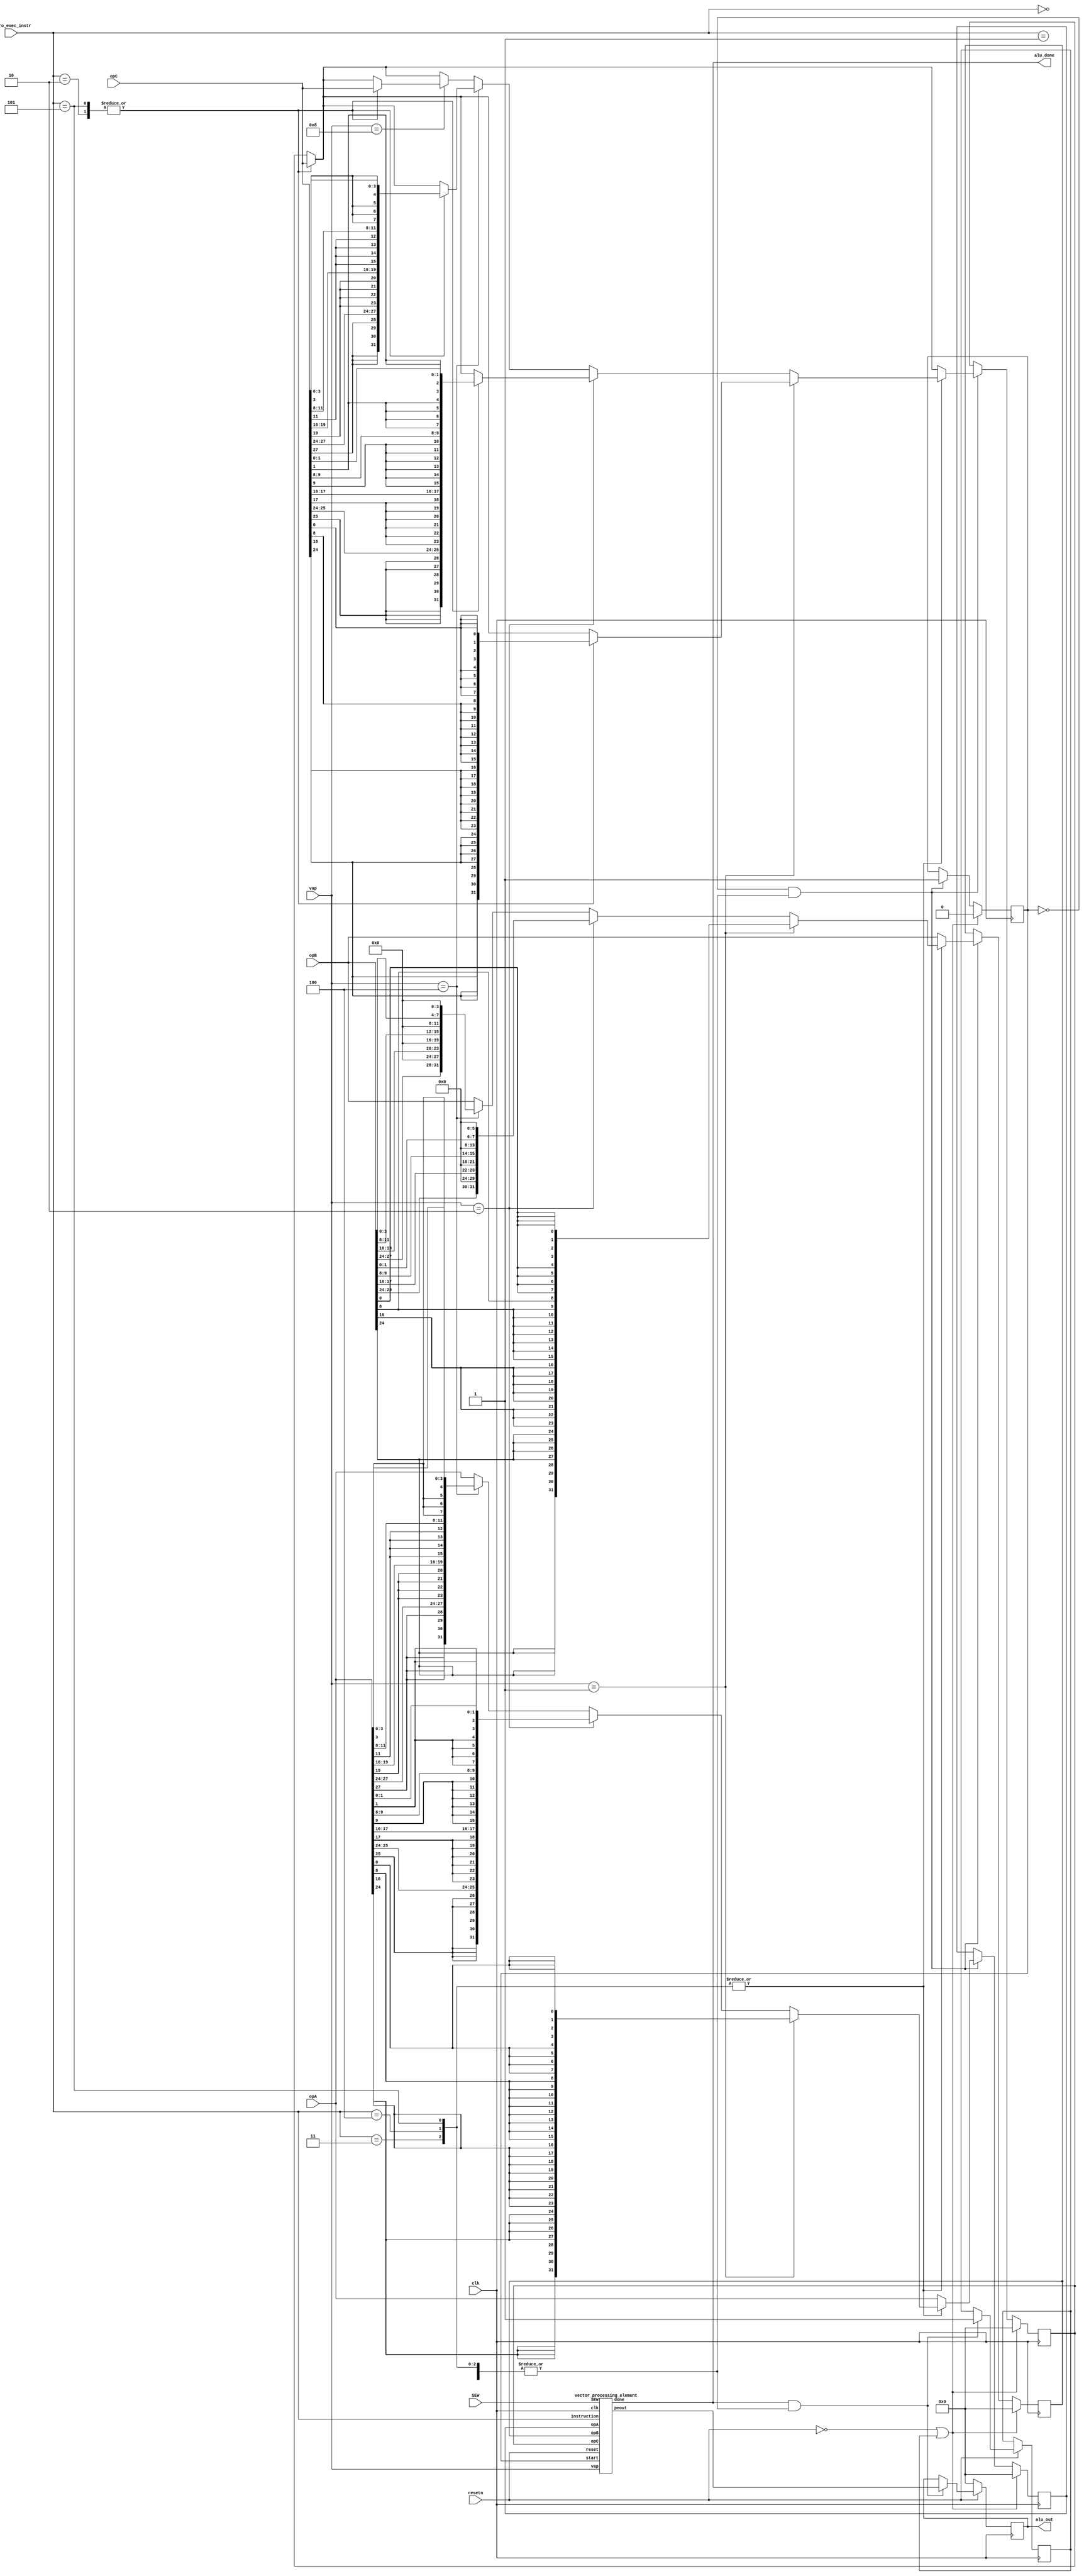
// //Used for vector arithmetic instructions
// 	localparam p_instr_vadd__vv = 8'h00 ;
// 	localparam p_instr_vmul__vv = 8'h01 ;
// 	localparam p_instr_vdot__vv = 8'h02 ;
// 	localparam p_instr_vaddvarp = 8'h03 ;
// 	localparam p_instr_vmulvarp = 8'h04 ;
// 	localparam p_instr_vdotvarp = 8'h05 ;

module alu_block(
    input clk,
    input resetn, //low level triggered (i.e if resetn is 0 is reset)
    input [7:0] micro_exec_instr,
    input [9:0] SEW,
    input [3:0] vap,
    input [31:0] opA,
    input [31:0] opB,
    input [31:0] opC,
    output reg [31:0] alu_out,
    output alu_done
);

localparam instr_vadd = 8'h00 ;
localparam instr_vmul = 8'h01 ;
localparam instr_vdot = 8'h02 ;
localparam instr_vaddvarp = 8'h03 ;
localparam instr_vmulvarp = 8'h04 ;
localparam instr_vdotvarp = 8'h05 ;

reg [31:0] new_opA, new_opB, new_opC;
wire [31:0] pe_out;
reg alu_enb, temp_reg=0;
wire is_vec_instr, is_vap_instr, is_port3_instr;
assign is_vec_instr = |{(micro_exec_instr == instr_vdot), (micro_exec_instr == instr_vadd), (micro_exec_instr == instr_vmul),
                        (micro_exec_instr == instr_vaddvarp), (micro_exec_instr == instr_vmulvarp), (micro_exec_instr == instr_vdotvarp)};
assign is_vap_instr = |{(micro_exec_instr == instr_vaddvarp), (micro_exec_instr == instr_vmulvarp), (micro_exec_instr == instr_vdotvarp)}; //To heck whether the instruction is variable bit one
assign is_port3_instr = |{(micro_exec_instr == instr_vdot), (micro_exec_instr == instr_vdotvarp)};
wire done1; 
assign alu_done = &{done1};


    always @(posedge clk) begin
        if(!resetn || temp_reg) begin
            // $display("Entered reset condition, alu_enb:%b, time:%d",alu_enb, $time);
            alu_enb <= 0;
            new_opA <= 0;
            new_opB <= 0;
            new_opC <= 0;
        end
        else if(!alu_enb && is_vec_instr) begin
            if(instr_vadd || instr_vmul || instr_vdot) begin
                // $display("Entered vector condition, alu_enb:%b, time:%d",alu_enb, $time);
                new_opA[31:0]  <= opA[31:0];
                new_opB[31:0]  <= opB[31:0];
                if(is_port3_instr) begin
                    new_opC[31:0]  <= opC[31:0];
                end
                alu_enb <= 1; 
            end
            if(is_vap_instr) begin
                // $display("Entered is_vap_instr condition, alu_enb:%b, time:%d",alu_enb, $time);
                if(vap == 10'b0000000001) begin
                    // $display("vecreg_data: %x, cnt:%d, time:%d", opA, cnt, $time);
                    //Converting sew of 1 to 8 bits to operate on them and zero padding on left side (for better multiplication)
                    new_opA[31:0]    <= {{8{opA[24]}}, {8{opA[16]}}, {8{opA[8]}}, {8{opA[0]}}};
                    new_opB[31:0]    <= {{8{opB[24]}}, {8{opB[16]}}, {8{opB[8]}}, {8{opB[0]}}};
                    // new_opA[31:0]    <= {{8{opA[56]}}, {8{opA[48]}}, {8{opA[40]}}, {8{opA[32]}}, {8{opA[24]}}, {8{opA[16]}}, {8{opA[8]}}, {8{opA[0]}}};
                    // new_opB[31:0]    <= {{8{opB[56]}}, {8{opB[48]}}, {8{opB[40]}}, {8{opB[32]}}, {8{opB[24]}}, {8{opB[16]}}, {8{opB[8]}}, {8{opB[0]}}};
                    if(is_port3_instr) begin
                        new_opC[31:0]     <= {{8{opC[24]}}, {8{opC[16]}}, {8{opC[8]}}, {8{opC[0]}}};
                        // new_opC[31:0]     <= {{8{opC[56]}}, {8{opC[48]}}, {8{opC[40]}}, {8{opC[32]}}, {8{opC[24]}}, {8{opC[16]}}, {8{opC[8]}}, {8{opC[0]}}};
                    end
                    alu_enb <= 1; 
                end
                else if(vap == 10'b0000000010) begin
                    new_opA[31:0]    <= {{6{opA[25]}},opA[25:24],{6{opA[17]}},opA[17:16],{6{opA[9]}},opA[9:8],{6{opA[1]}},opA[1:0]};
                    new_opB[31:0]    <= {opB[25:24],6'b0,opB[17:16],6'b0,opB[9:8],6'b0,opB[1:0],6'b0};
                    if(is_port3_instr) begin
                        new_opC[31:0]    <= {{6{opC[25]}},opC[25:24],{6{opC[17]}},opC[17:16],{6{opC[9]}},opC[9:8],{6{opC[1]}},opC[1:0]};
                    end
                    alu_enb <= 1; 
                end
                else if(vap == 10'b0000000100) begin
                    new_opA[31:0]     <= {{4{opA[27]}},opA[27:24],{4{opA[19]}},opA[19:16],{4{opA[11]}},opA[11:8],{4{opA[3]}},opA[3:0]};
                    new_opB[31:0]     <= {opB[27:24],4'b0,opB[19:16],4'b0,opB[11:8],4'b0,opB[3:0],4'b0};
                    if(is_port3_instr) begin
                        new_opC[31:0]    <= {{4{opC[27]}},opC[27:24],{4{opC[19]}},opC[19:16],{4{opC[11]}},opC[11:8],{4{opC[3]}},opC[3:0]};
                    end
                    alu_enb <= 1; 
                end
                else if(vap == 10'b0000001000) begin
                    // $display("vecreg_data: %x, cnt:%d, time:%d", opA, cnt, $time);
                    new_opA[31:0]  <= opA[31:0];
                    new_opB[31:0]  <= opB[31:0];
                    if(is_port3_instr) begin
                        new_opC[31:0]  <= opC[31:0];
                    end
                    alu_enb <= 1; 
                end
            end
        end
    end

    always @(posedge clk) begin
        if(!resetn) begin
            alu_out <= 0;
        end
        else if(alu_done && is_vec_instr) begin
            $display("Done is ready, pe_out:%h, time:%d", pe_out[31:0], $time);
            alu_out = pe_out;
            temp_reg = 1;
        end
    end 

    vector_processing_element pe1(.clk(clk),.reset(resetn),.instruction(micro_exec_instr),.start(alu_enb),.done(done1),.opA(new_opA[31:0]),.opB(new_opB[31:0]),.opC(new_opC[31:0]),.peout(pe_out[31:0]),.SEW(SEW),.vap(vap));

endmodule

module vector_processing_element(
    input clk,
    input reset,
    
    input [7:0] instruction,
	input start,
	output reg done,
	
    input [31:0] opA,
    input [31:0] opB,
    input [31:0] opC,
    output reg [31:0] peout,

	input [9:0] SEW,
	input [3:0 ] vap
);

reg [3:0] states;
localparam startstate = 4'h0 ;
localparam multstate  = 4'h1 ;
localparam completestate = 4'h2 ;

//Used for vector arithmetic instructions
localparam instr_vadd__vv = 8'h00 ;
localparam instr_vmul__vv = 8'h01 ;
localparam instr_vdot__vv = 8'h02 ;
localparam instr_vaddvarp = 8'h03 ;
localparam instr_vmulvarp = 8'h04 ;
localparam instr_vdotvarp = 8'h05 ;
localparam instr_vsub__vv = 8'h06;
localparam instr_vsubvarp = 8'h07;

reg [31:0] accumulator;  //Stores the final result
reg [7:0]  cycles;
reg first_cmpte;
reg [31:0] copB;

wire is_vap_instr = |{instruction==instr_vaddvarp, instruction==instr_vmulvarp, instruction==instr_vdotvarp, instruction==instr_vsubvarp};

always @(posedge clk) begin
    if(!reset || !start) begin
        states = 0;
        peout  = peout;
        accumulator = 0;
        first_cmpte = 0;
        cycles = 0;
        copB = 0;
        done = 0;
    end
    else if(start) begin
        case(states)
            startstate:begin
                if(start)begin
                    // $display("Entered start state,instr:%b, reset:%d, time:%d",instruction, reset, $time);
                    done <= 0; //Should be this, don't change
                    accumulator <= 0;
                    if(|{instruction == instr_vmul__vv,instruction == instr_vmulvarp,instruction == instr_vdot__vv, instruction == instr_vdotvarp}) 
                    begin
                        states = multstate;
                        //No of clock cycles needed to get the result using bit serial multiplier
                        cycles = (instruction==instr_vmulvarp || instruction == instr_vdotvarp)? ({4'h0,vap}):SEW[7:0]; 
                        first_cmpte = 1;
                    end
                    else begin
                        states = completestate;    
                    end
                end
                else
                    done = 0;
            end
            multstate: begin
                if(SEW==32 && !((instruction == instr_vmulvarp) || (instruction == instr_vdotvarp))) begin
                    if(first_cmpte)begin
                        accumulator = (opB[31])?-opA:0;
                        copB= opB << 1;
                        cycles = cycles -1;
                        first_cmpte = 0;
                        end
                    else begin
                        // $display("Entered else state, accumulator:%b, time:%d", accumulator, $time);
                        accumulator = ((accumulator<<1) + ((copB[31])?opA:0));
                        copB       = copB <<1;
                        cycles = cycles -1;
                    end
                end
                else if(SEW==16 && !((instruction == instr_vmulvarp) || (instruction == instr_vdotvarp))) begin
                    if(first_cmpte)begin
                        accumulator[31:16] = (opB[31])?-opA[31:16]:0;
                        accumulator[15: 0] = (opB[15])?-opA[15: 0]:0;

                        copB[31:16]= opB[31:16] << 1;
                        copB[15: 0]= opB[15: 0] << 1;
                        cycles = cycles -1;
                        first_cmpte = 0;
                        end
                    else begin
                        accumulator[31:16] = ((accumulator[31:16]<<1) + ((copB[31])?opA[31:16]:0));
                        accumulator[15: 0] = ((accumulator[15: 0]<<1) + ((copB[15])?opA[15: 0]:0));
                        copB[31:16]       = copB[31:16] <<1;
                        copB[15: 0]       = copB[15: 0] <<1;
                        cycles = cycles -1;
                    end
                end
                //SEW of 8 is used for vap as well because we are using only 1,2,4,8
                else begin
                    if(first_cmpte)begin
                        if(vap==1) begin
                            accumulator[31:24] = (opB[31])?-opA[31:24]:opA[31:24];
                            accumulator[23:16] = (opB[23])?-opA[23:16]:opA[23:16];
                            accumulator[15:8 ] = (opB[15])?-opA[15:8 ]:opA[15:8 ];
                            accumulator[7 :0 ] = (opB[ 7])?-opA[7 :0 ]:opA[7 :0 ];
                        end
                        else begin
                            // $display("Entered else, opB[7]:%b, -opA[7:0]:%b, time:%d", opB[7:0],-opA[7 :0 ], $time);
                            accumulator[31:24] = (opB[31])?-opA[31:24]:0;
                            accumulator[23:16] = (opB[23])?-opA[23:16]:0;
                            accumulator[15:8 ] = (opB[15])?-opA[15:8 ]:0;
                            accumulator[7 :0 ] = (opB[ 7])?-opA[7:0]:0;
                        end
                        copB[31:24]= opB[31:24] << 1;
                        copB[23:16]= opB[23:16] << 1;
                        copB[15:8 ]= opB[15:8 ] << 1;
                        copB[7 :0 ]= opB[7 :0 ] << 1;
                        cycles = cycles -1;
                        first_cmpte = 0;
                        end
                    else begin
                        // $display("cycles:%d,accumulator:%b, copB:%b, time:%d",cycles, accumulator[7:0], copB[7:0], $time);
                        accumulator[31:24] = ((accumulator[31:24]<<1) + ((copB[31])?opA[31:24]:0));
                        accumulator[23:16] = ((accumulator[23:16]<<1) + ((copB[23])?opA[23:16]:0));
                        accumulator[15: 8] = ((accumulator[15: 8]<<1) + ((copB[15])?opA[15: 8]:0));
                        accumulator[7 : 0] = ((accumulator[7 : 0]<<1) + ((copB[7 ])?opA[7 : 0]:0));
                        
                        copB[31:24]= copB[31:24] << 1;
                        copB[23:16]= copB[23:16] << 1;
                        copB[15:8 ]= copB[15:8 ] << 1;
                        copB[7 :0 ]= copB[7 :0 ] << 1;
                        cycles = cycles -1;
                    end
                end

                if(cycles==0)
                    states=completestate;

            end
            completestate:begin
                if(|{instruction == instr_vadd__vv,instruction==instr_vsub__vv,instruction==instr_vdot__vv})begin
                    if(SEW==32)begin
                        accumulator = ((instruction==instr_vdot__vv)?accumulator : opA) + ((instruction == instr_vadd__vv)?opB:((instruction == instr_vsub__vv)?(-opB):opC));
                    end
                    else if(SEW==16)begin
                        accumulator[31:16] = ((instruction==instr_vdot__vv)?accumulator[31:16] : opA[31:16]) + ((instruction == instr_vadd__vv)?opB[31:16]:((instruction == instr_vsub__vv)?(-opB[31:16]):opC[31:16]));
                        accumulator[15:0]  = ((instruction==instr_vdot__vv)?accumulator[15:0] : opA[15:0])  + ((instruction == instr_vadd__vv)?opB[15:0] :((instruction == instr_vsub__vv)?(-opB[15:0] ):opC[15:0])) ;
                    end
                    else if(SEW==8)begin
                        accumulator[31:24] = ((instruction==instr_vdot__vv)?accumulator[31:24] : opA[31:24]) + ((instruction == instr_vadd__vv)?opB[31:24]:((instruction == instr_vsub__vv)?(-opB[31:24]):opC[31:24]));
                        accumulator[23:16] = ((instruction==instr_vdot__vv)?accumulator[23:16] : opA[23:16]) + ((instruction == instr_vadd__vv)?opB[23:16]:((instruction == instr_vsub__vv)?(-opB[23:16]):opC[23:16]));
                        accumulator[15:8 ] = ((instruction==instr_vdot__vv)?accumulator[15:8] : opA[15:8 ]) + ((instruction == instr_vadd__vv)?opB[15:8 ]:((instruction == instr_vsub__vv)?(-opB[15:8 ]):opC[15:8 ]));
                        accumulator[7:0  ] = ((instruction==instr_vdot__vv)?accumulator[7:0] : opA[7:0  ]) + ((instruction == instr_vadd__vv)?opB[7:0  ]:((instruction == instr_vsub__vv)?(-opB[7:0  ]):opC[7:0  ]));
                    end
                    peout = accumulator;
                end
                else if((|{instruction==instr_vsubvarp,instruction==instr_vaddvarp})) begin
                    accumulator[31:24] = opA[31:24] + ((instruction == instr_vaddvarp)? ((opB[31:24]>>(8-vap)) | ((opB[31])?((8'hFF)<<(vap)):8'h00)) : ((instruction == instr_vsubvarp)?-((opB[31:24]>>(8-vap)) | ((opB[31])?((8'hFF)<<(vap)):8'h00)) :0) );
                    accumulator[23:16] = opA[23:16] + ((instruction == instr_vaddvarp)? ((opB[23:16]>>(8-vap)) | ((opB[23])?((8'hFF)<<(vap)):8'h00)) : ( (instruction == instr_vsubvarp)?-((opB[23:16]>>(8-vap)) | ((opB[23])?((8'hFF)<<(vap)):8'h00)) :0) );
                    accumulator[15:8] = opA[15:8] + ((instruction == instr_vaddvarp)? ((opB[15:8]>>(8-vap)) | ((opB[15])?((8'hFF)<<(vap)):8'h00)) : ( (instruction == instr_vsubvarp)?-((opB[15:8]>>(8-vap)) | ((opB[15])?((8'hFF)<<(vap)):8'h00)) :0) );
                    accumulator[7:0] = opA[7:0] + ((instruction == instr_vaddvarp)? ((opB[7:0]>>(8-vap)) | ((opB[7])?((8'hFF)<<(vap)):8'h00)) : ( (instruction == instr_vsubvarp)?-((opB[7:0]>>(8-vap)) | ((opB[7])?((8'hFF)<<(vap)):8'h00)) :0) );
                    peout = accumulator;
                end
                else if(instruction==instr_vdotvarp)begin 
                    // $display("Inside final condition, instr:%b, time:%d",instruction, $time);
                    peout[7:0] = accumulator[7:0] + opC[7:0];
                    peout[15:8] = accumulator[15:8] + opC[15:8];
                    peout[23:16] = accumulator[23:16] + opC[23:16];
                    peout[31:24] = accumulator[31:24] + opC[31:24];
                end
                else if(|{instruction==instr_vmul__vv,instruction==instr_vmulvarp})begin
                    // $display("Inside final condition, instr:%b, time:%d",instruction, $time);
                    peout = accumulator;
                end
                done = 1;
                states = startstate;
            end

        endcase
    end
end

endmodule